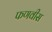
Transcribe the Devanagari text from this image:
फणवीस